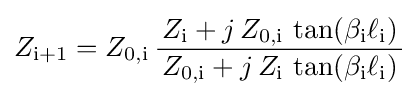
Z_{\mathrm {i+1} }=Z_{\mathrm {0,i} }\,{\frac {\,Z_{\mathrm {i} }+j\,Z_{\mathrm {0,i} }\,\tan(\beta _{\mathrm {i} }\ell _{\mathrm {i} })\,}{Z_{\mathrm {0,i} }+j\,Z_{\mathrm {i} }\,\tan(\beta _{\mathrm {i} }\ell _{\mathrm {i} })}}